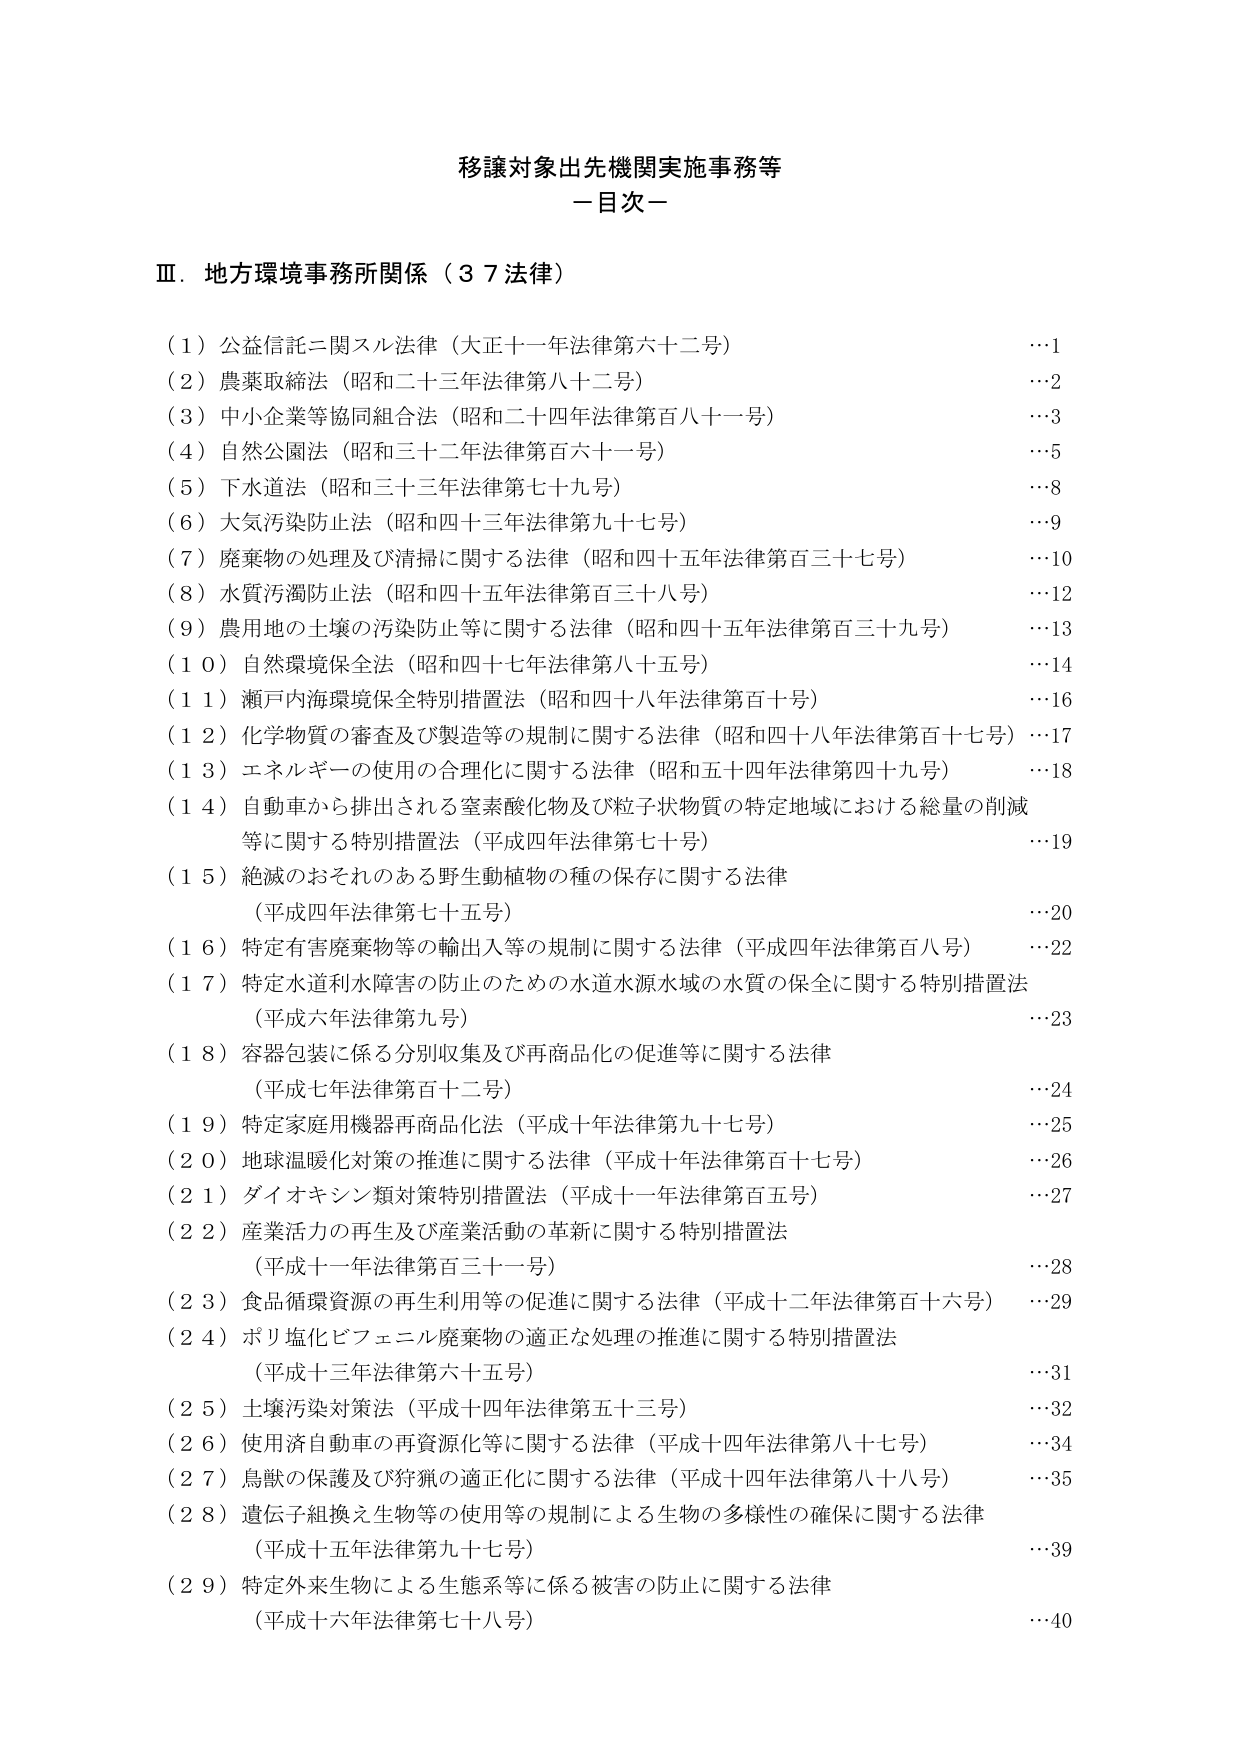
移譲対象出先機関実施事務等
－目次－

Ⅲ．地方環境事務所関係（３７法律）

（１）公益信託ニ関スル法律（大正十一年法律第六十二号）　　　　　　　　　　　　　　　　　…1
（２）農薬取締法（昭和二三年法律第八十二号）　　　　　　　　　　　　　　　　　　　　　…2
（３）中小企業等協同組合法（昭和二十四年法律第百八十一号）　　　　　　　　　　　　　…3
（４）自然公園法（昭和三十二年法律第百六十一号）　　　　　　　　　　　　　　　　　　…5
（５）下水道法（昭和三三年法律第七十九号）　　　　　　　　　　　　　　　　　　　　　…8
（６）大気汚染防止法（昭和四十三年法律第九十七号）　　　　　　　　　　　　　　　　　…9
（７）廃棄物の処理及び清掃に関する法律（昭和四十五年法律第百三十七号）　　　　　　　…10
（８）水質汚濁防止法（昭和四十五年法律第百三十八号）　　　　　　　　　　　　　　　　…12
（９）農用地の土壌の汚染防止等に関する法律（昭和四十五年法律第百三十九号）　　　　　…13
（１０）自然環境保全法（昭和四十七年法律第八十五号）　　　　　　　　　　　　　　　　…14
（１１）瀬戸内海環境保全特別措置法（昭和四十八年法律第百十号）　　　　　　　　　　　…16
（１２）化学物質の審査及び製造等の規制に関する法律（昭和四十八年法律第百十七号）　　…17
（１３）エネルギーの使用の合理化に関する法律（昭和五十四年法律第四十九号）　　　　　…18
（１４）自動車から排出される窒素酸化物及び粒子状物質の特定地域における総量の削減
　　　等に関する特別措置法（平成四年法律第七十号）　　　　　　　　　　　　　　　　　…19
（１５）絶滅のおそれのある野生動植物の種の保存に関する法律
　　　（平成四年法律第七十五号）　　　　　　　　　　　　　　　　　　　　　　　　　　…20
（１６）特定有害廃棄物等の輸出入等の規制に関する法律（平成四年法律第百八号）　　　　…22
（１７）特定水道利水障害の防止のための水道水源水域の水質の保全に関する特別措置法
　　　（平成六年法律第九号）　　　　　　　　　　　　　　　　　　　　　　　　　　　　…23
（１８）容器包装に係る分別収集及び再商品化の促進等に関する法律
　　　（平成七年法律第百十二号）　　　　　　　　　　　　　　　　　　　　　　　　　　…24
（１９）特定家庭用機器再商品化法（平成十年法律第九十七号）　　　　　　　　　　　　　…25
（２０）地球温暖化対策の推進に関する法律（平成十年法律第百十七号）　　　　　　　　　…26
（２１）ダイオキシン類対策特別措置法（平成十一年法律第百五号）　　　　　　　　　　　　…27
（２２）産業活力の再生及び産業活動の革新に関する特別措置法
　　　（平成十一年法律第百三十一号）　　　　　　　　　　　　　　　　　　　　　　　　…28
（２３）食品循環資源の再生利用等の促進に関する法律（平成十二年法律第百十六号）　　　…29
（２４）ポリ塩化ビフェニル廃棄物の適正な処理の推進に関する特別措置法
　　　（平成十三年法律第六十五号）　　　　　　　　　　　　　　　　　　　　　　　　　…31
（２５）土壌汚染対策法（平成十四年法律第五十三号）　　　　　　　　　　　　　　　　　…32
（２６）使用済自動車の再資源化等に関する法律（平成十四年法律第八十七号）　　　　　　…34
（２７）鳥獣の保護及び狩猟の適正化に関する法律（平成十四年法律第八十八号）　　　　　…35
（２８）遺伝子組換え生物等の使用等の規制による生物の多様性の確保に関する法律
　　　（平成十五年法律第九十七号）　　　　　　　　　　　　　　　　　　　　　　　　　…39
（２９）特定外来生物による生態系等に係る被害の防止に関する法律
　　　（平成十六年法律第七十八号）　　　　　　　　　　　　　　　　　　　　　　　　　…40